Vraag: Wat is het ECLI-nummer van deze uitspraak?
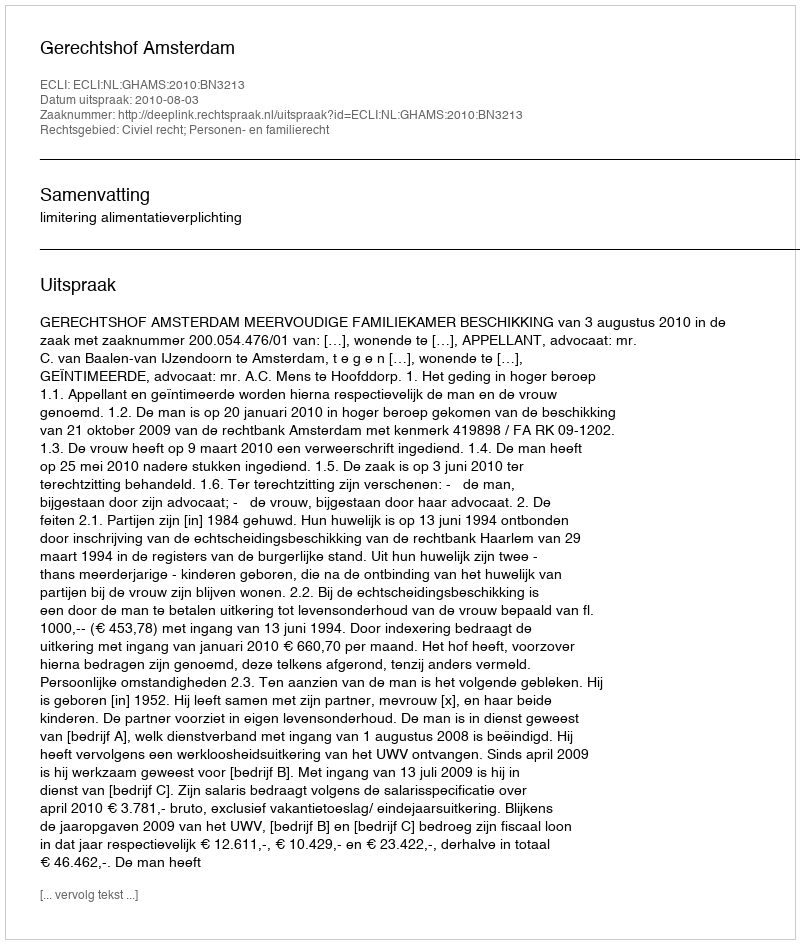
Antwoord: ECLI:NL:GHAMS:2010:BN3213